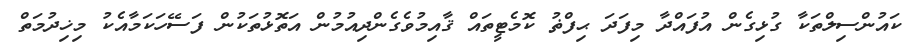
ކައުންސިލްތަކާ ގުޅިގެން އުފައްދާ މިފަދަ ޙިފްޡު ކޮމެޓީތައް ޤާއިމުވެގެންދިއުމުން އަތޮޅުތަކުން ފަސޭހަކަމާއެކު މިޚިދުމަތް